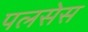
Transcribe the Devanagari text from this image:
पलसेस